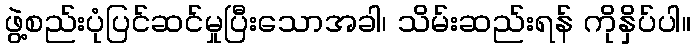
ဖွဲ့စည်းပုံပြင်ဆင်မှုပြီးသောအခါ၊ သိမ်းဆည်းရန် ကိုနှိပ်ပါ။